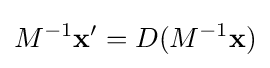
M^{-1}\mathbf {x} '=D(M^{-1}\mathbf {x} )